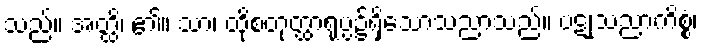
သည်။ အတ္ထိ၊ ၏။ သာ၊ ထိုစတုတ္ထာရုပ္ပ၌ရှိသောသညာသည်။ ပဋုသညာကိစ္စံ၊